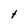
Character: t